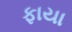
ફાયા